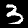
Label: 3